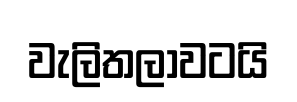
වැලිතලාවටයි